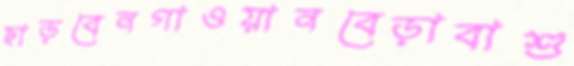
ছাড়বেনগাওয়ানবেড়াবাশু